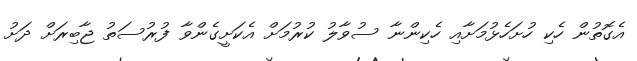
އެގޮތުން ހެކި ހުށަހެޅުމަށާއި ހެކިންނާ ސުވާލު ކުރުމަށް އެކަށީގެންވާ ފުރުސަތު ޖާބިރަށް ދަށު